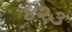
૪૨૩